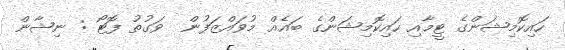
ހައިކޮމިޝަންގެ ޓީމާއި ހައިކޮމިޝަންގެ ބައެއް މުވައްޒަފުން  ވަގުތު ފޮޓޯ : ނިޝާން